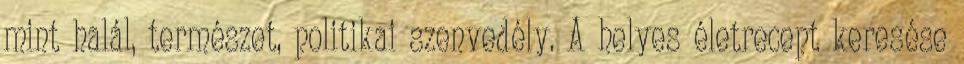
mint halál, természet, politikai szenvedély. A helyes életrecept keresése